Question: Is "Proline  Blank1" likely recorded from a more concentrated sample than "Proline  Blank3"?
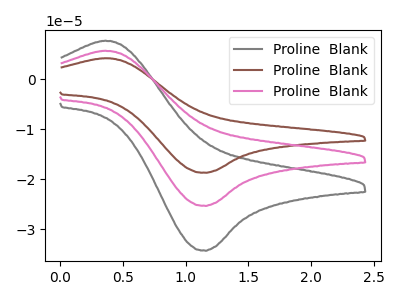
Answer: <think>The gray curve "Proline  Blank1" has an anodic peak at (0.35V, 7.70uA) and a cathodic peak at (1.15V, -34.30uA). The brown curve "Proline  Blank2" has an anodic peak at (0.35V, 11.40uA) and a cathodic peak at (1.15V, -50.65uA). The pink curve "Proline  Blank3" has an anodic peak at (0.35V, 5.70uA) and a cathodic peak at (1.15V, -25.35uA).
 All the peaks in "Proline  Blank1" have a peak in "Proline  Blank3" at the same potential. Every peak in "Proline  Blank1" is higher than every peak in "Proline  Blank3".</think>
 <answer>"Proline  Blank1" has more signal than "Proline  Blank3".</answer>
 <eval>more_signal</eval>